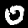
Label: 0